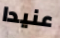
عنيدا